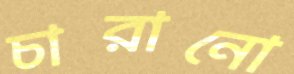
চারানো